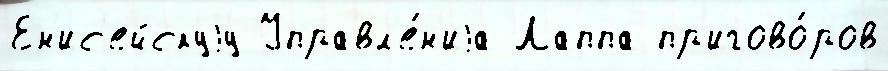
Ен'ис'ейскуjу Управл'е́н'иjа Лаппа пр'игово́ров